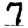
Digit: 7